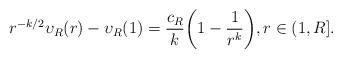
LaTeX: \begin{align*} r^{-k/2} \upsilon_R(r) -\upsilon_R(1) =\frac{c_{R}}{k}\bigg(1-\frac1{r^k}\bigg), r\in(1,R]. \end{align*}